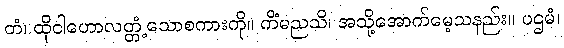
တံ၊ ထိုငါဟောလတ္တံ့သောစကားကို။ ကိံမညသိ၊ အသို့အောက်မေ့သနည်း။ ပဌမံ၊